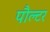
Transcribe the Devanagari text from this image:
पौल्टर